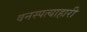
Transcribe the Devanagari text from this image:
वनस्पत्याहारी